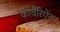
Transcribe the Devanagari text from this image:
कोवैरिऐंट